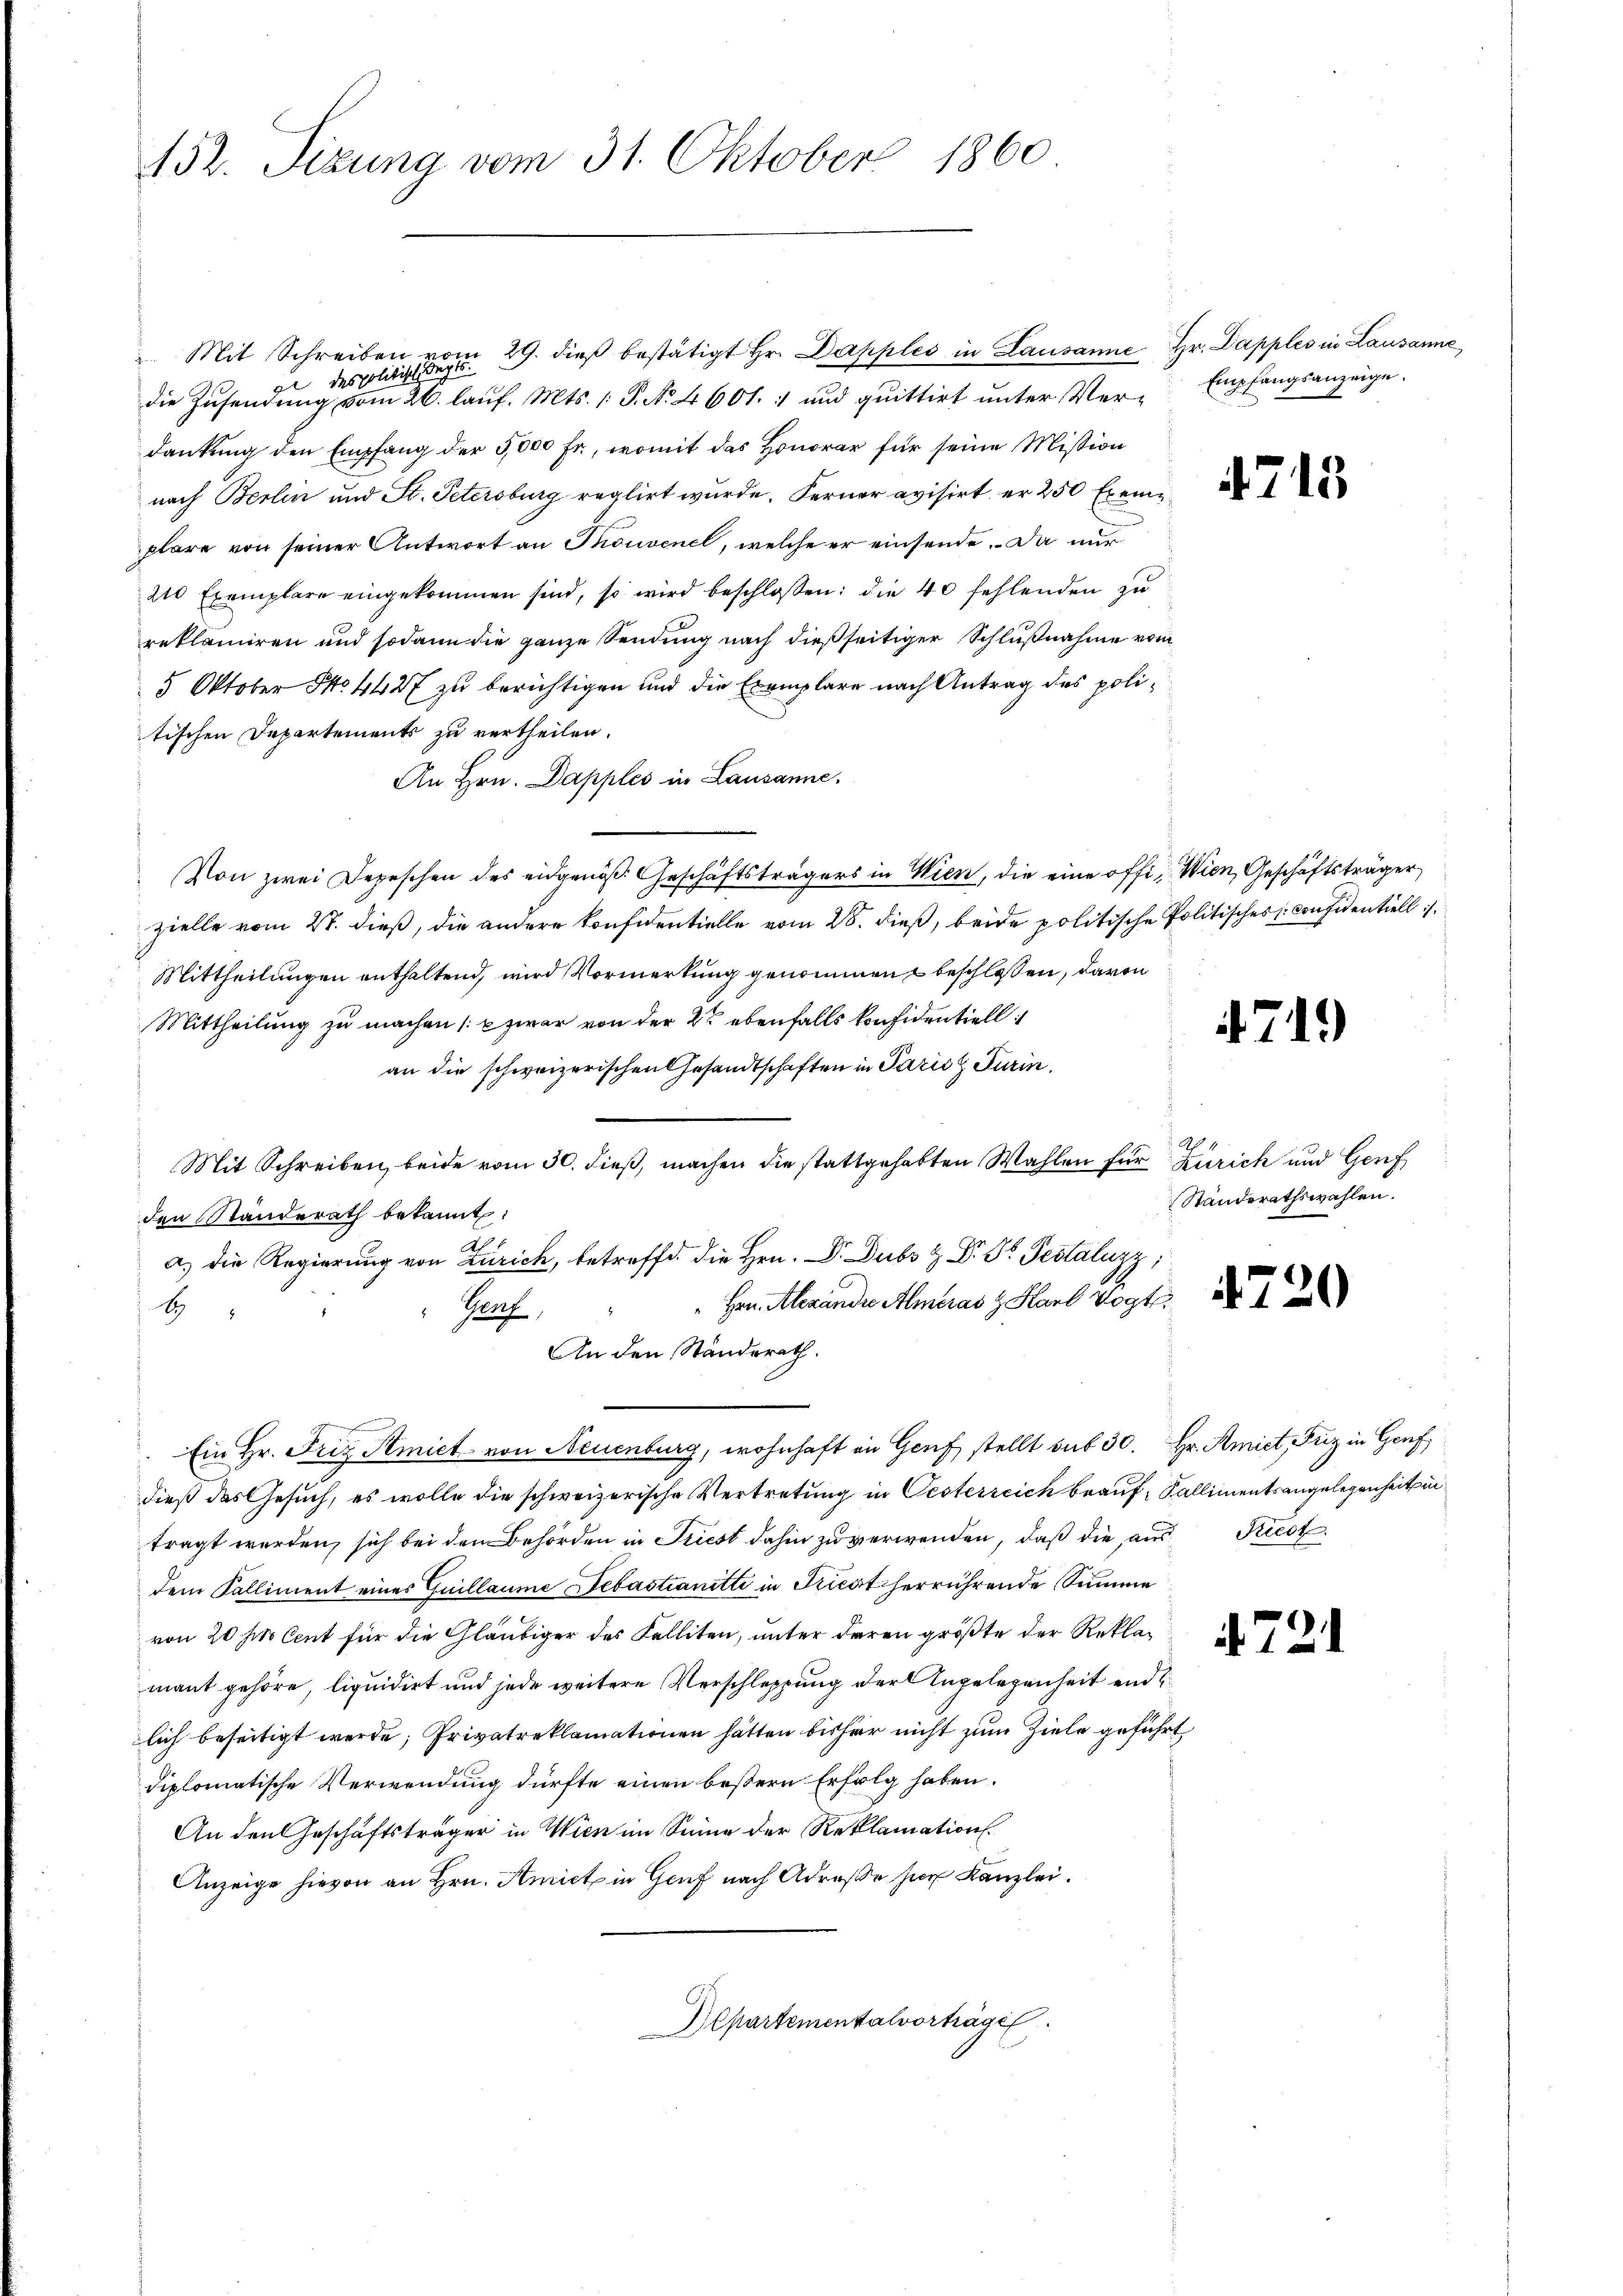
152. Sizung vom 31. Oktober 1860

Mit Schreiben vom 29. dieβ bestätigt Hr. Dapples in Lausanne Hr. Dapples in Lausanne
des Politisch Sept.
2
die Zusendung vom 26. lauf. Mts. 1. P. N. 4601. 1 und quittirt unter Verdankung den Empfang der 5,000 Fr., womit das Honorar für seine Mission
nach Berlin und St. Petersburg reglirt wurde. Ferner avisirt er 250 Exemplare von seiner Antwort an Thonvenel, welche er einsende. Da nur
210 Exemplare eingekommen sind, so wird beschlossen: die 40 fehlenden zu
reklamiren und sodann die ganze Sendung nach dießseitiger Schlußnahme vom
5 Oktober No. 4427 zu berichtigen und die Exemplare nach Antrag des politischen Departements zu vertheilen.
An Hrn. Dapples in Lausanne,
Von zwei Depeschen des eidgenöß Geschäftsträgers in Wien, die eine offi- Wien, Geschäftsträger
zielle vom 27. dieß, die andere Konfidentielle vom 28. dieß, beide politische Politisches Considentiell is
Mittheilungen enthaltend, wird Vormerkung genommen beschlossen, davon
Mittheilung zu machen (: u zwar von der 2 ebenfalls konfidentiell
an die schweizerischen Gesandtschaften in Paris Turin.
Mit Schreiben, beide vom 30. dieß, machen die stattgehabten Wahlen für Zürich und Genf
den Standerath bekannt:
a) die Regierung von Zürich, betreffe, die Hrn. Dr. Dubs & Dr. Dr. Pestaluzz
Hrn. Alexandre Almeras z Karl Vogt
E
Prach,
An den Standerath.
Ein Hr. Friz Amiet von Neuenburg, wohnhaft in Genf stellt sub 30. Hr. Amiet, Friz in Genf
dieß das Gesuch, es wolle die schweizerische Vertretung in Oesterreich brauf Kallimentsangelegenheit in
tragt werden, sich bei den Behörden in Friest dahin zu verwenden, daß die aus Kiest
dem Kalliment eines Guillaume Sebastianitti in Tricot herrührende Summe
von 20 pro Cent für die Gläubiger des Falliten, unter deren größte der Reklamant gehöre, liquidirt und jede weitere Verschleppung der Angelegenheit und
lich beseitigt werde; Privatreklamationen hätten bisher nicht zum Ziele geführt,
diplomatische Verwendung dürfte einen bessern Erfolg haben.
An den Geschäftsträger in Wien im Sinne der Reklamation.
Anzeige hievon an Hrn. Amiet in Genf nach Adrese her Kanzlei.
Departementalvorträge

Empfangsanzeige.

4715

719)

Standerathswahlen.

4720

4721